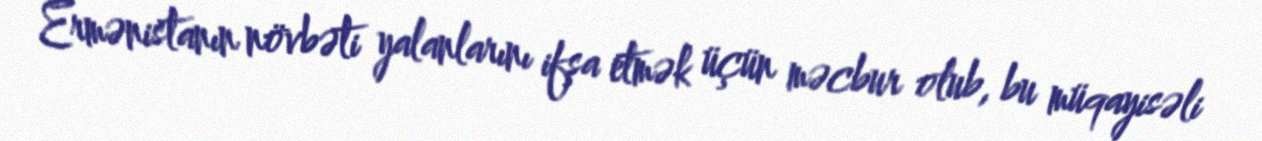
Ermənistanın növbəti yalanlarını ifşa etmək üçün məcbur olub, bu müqayisəli